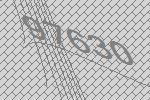
97630